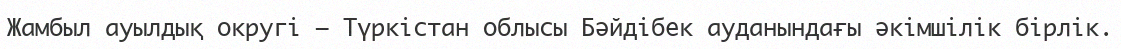
Жамбыл ауылдық округі – Түркістан облысы Бәйдібек ауданындағы әкімшілік бірлік.